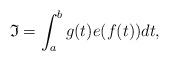
LaTeX: \begin{align*} \mathfrak{I}= \int_a^b g(t) e(f(t)) dt,\end{align*}